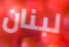
لبنان